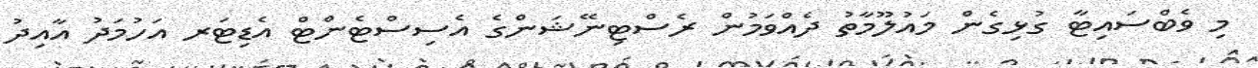
މި ވެބްސައިޓާ ގުޅިގެން މައުލޫމާތު ދެއްވަމުން ރެސްޓިނޭޝަންގެ އެސިސްޓެންޓް އެޑިޓަރ އަހުމަދު އާއިދު